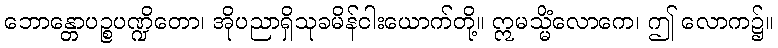
ဘောန္တောပဉ္စပဏ္ဍိတော၊ အိုပညာရှိသုခမိန်ငါးယောက်တို့။ ဣမသ္မိံလောကေ၊ ဤ လောက၌။